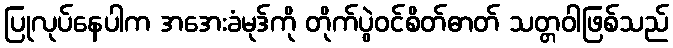
ပြုလုပ်နေပါက အအေးခံမုဒ်ကို တိုက်ပွဲဝင်စိတ်ဓာတ် သတ္တဝါဖြစ်သည်